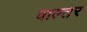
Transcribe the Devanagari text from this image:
वाल्तर